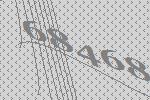
68468